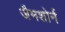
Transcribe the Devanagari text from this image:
जैमशोर्न